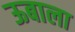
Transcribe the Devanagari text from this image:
ऊबाला